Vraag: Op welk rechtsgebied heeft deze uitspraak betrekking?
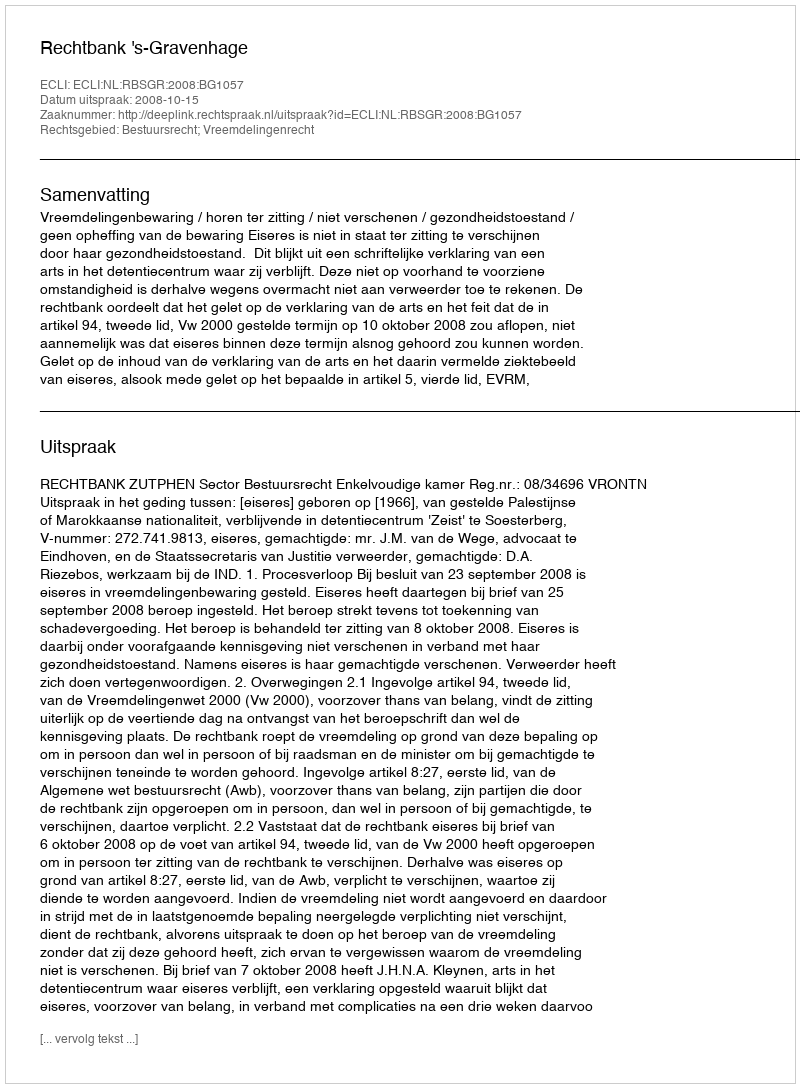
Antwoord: Bestuursrecht; Vreemdelingenrecht